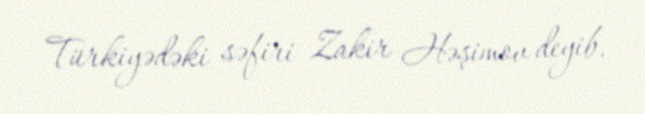
Türkiyədəki səfiri Zakir Həşimov deyib.